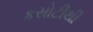
કસોટીથી